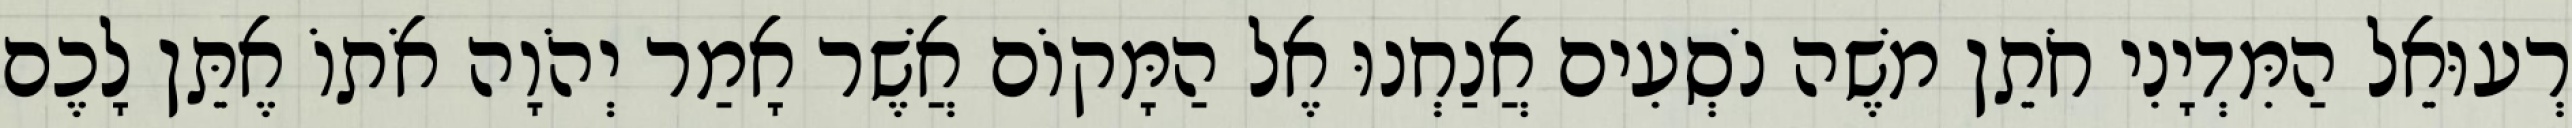
רְעוּאֵל הַמִּדְיָנִי חֹתֵן משֶׁה נֹסְעִים אֲנַחְנוּ אֶל הַמָּקוֹם אֲשֶׁר אָמַר יְהֹוָה אֹתוֹ אֶתֵּן לָכֶם